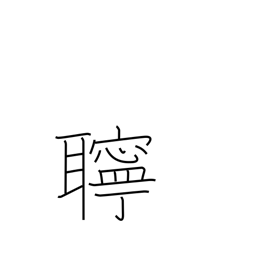
Meaning: noisy